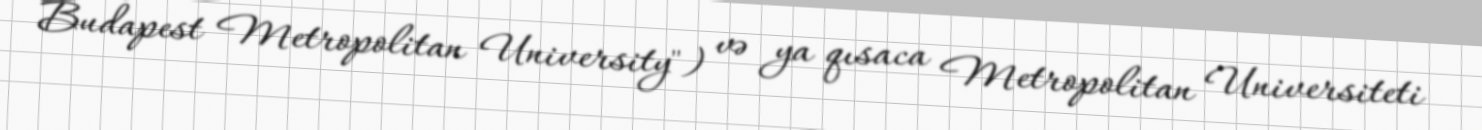
Budapest Metropolitan University") və ya qısaca Metropolitan Universiteti